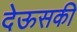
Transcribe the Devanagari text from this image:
देऊसकी